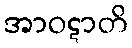
အာဝဋာတိ